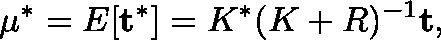
\mathbf { \mu } ^ { * } = E [ \mathbf { t ^ { * } } ] = K ^ { * } ( K + R ) ^ { - 1 } \mathbf { t } ,